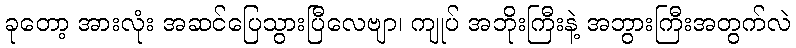
ခုတော့ အားလုံး အဆင်ပြေသွားပြီလေဗျာ၊ ကျုပ် အဘိုးကြီးနဲ့ အဘွားကြီးအတွက်လဲ